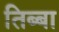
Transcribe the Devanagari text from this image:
तिब्बा